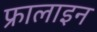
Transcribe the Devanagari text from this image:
फ्रालाइन